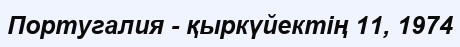
Португалия - қыркүйектің 11, 1974